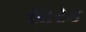
સારક